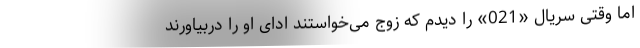
اما وقتی سریال «021» را دیدم که زوج می‌خواستند ادای او را دربیاورند